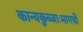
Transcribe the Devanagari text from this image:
कान्यकुब्जाःमागधीं